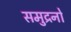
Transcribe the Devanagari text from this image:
समुद्रनो